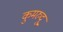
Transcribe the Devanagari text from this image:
कुमरुदु